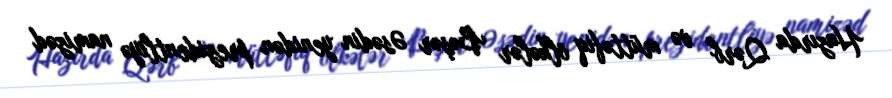
Hazırda Qərb və müttəfiq ölkələr Bəşər Əsədin yenidən prezidentliyə namizəd